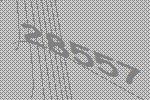
28557